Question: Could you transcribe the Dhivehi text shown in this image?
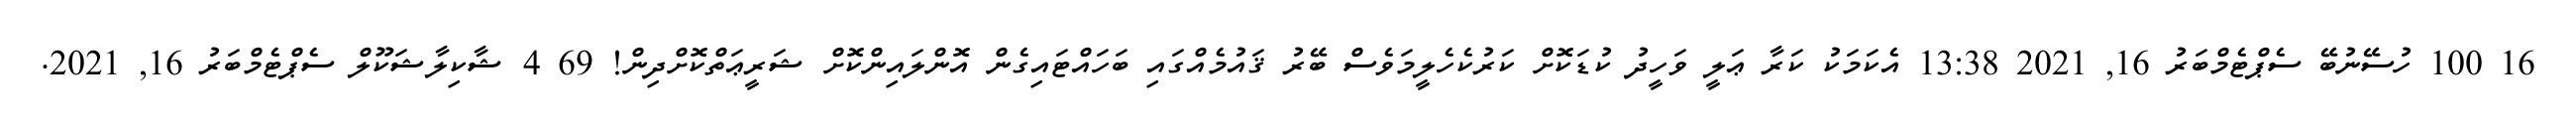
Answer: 16 100 ހުސޭނުބޭ ސެޕްޓެމްބަރު 16, 2021 13:38 އެކަމަކު ކަރާ ޢަލީ ވަހީދު ކުޑަކޮށް ކަރުކެހެލީމަވެސް ބޭރު ޤައުމެއްގައި ބަހައްޓައިގެން އޮންލައިންކޮށް ޝަރީޢަތްކޮށްދިން! 69 4 ޝާކިލާޝަކޫލް ސެޕްޓެމްބަރު 16, 2021.